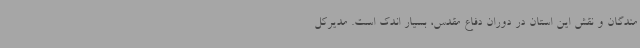
مندگان و نقش این استان در دوران دفاع مقدس، بسیار اندک است. مدیرکل